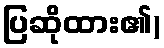
ပြဆိုထား၏)